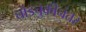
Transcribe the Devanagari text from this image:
घोडचुकीनंतर